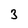
Character: 3